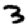
Digit: 3